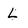
Character: L